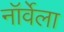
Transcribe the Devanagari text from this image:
नॉर्वेला